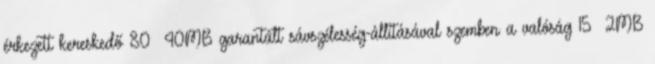
érkezett kereskedő 80 40MB garantált sávszélesség-állításával szemben a valóság 15 2MB